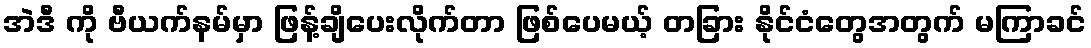
အဲဒီ ကို ဗီယက်နမ်မှာ ဖြန့်ချိပေးလိုက်တာ ဖြစ်ပေမယ့် တခြား နိုင်ငံတွေအတွက် မကြာခင်